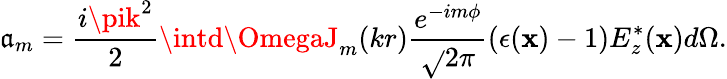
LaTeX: \mathfrak{a}_{m}=\frac{{i\pik^{2}}}{{2}}\intd\OmegaJ_{m}(kr)\frac{{e^{-im\phi}}}{{\sqrt{}{{2\pi}}}}(\epsilon({\mathbf{x}})-1)E_{z}^{*}({\mathbf{x}})d\Omega.